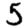
Digit: 5